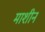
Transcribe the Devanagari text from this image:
माशीन